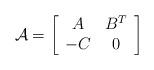
LaTeX: \begin{align*} \mathcal{A}=\left[\begin{array}{cc} A&B^{T}\\ -C&0 \end{array}\right] \end{align*}